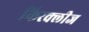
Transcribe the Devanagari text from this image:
किरक्लीज